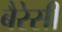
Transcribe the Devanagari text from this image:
बैरेसी